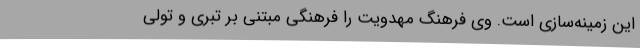
این زمینه‌سازی است. وی فرهنگ مهدویت را فرهنگی مبتنی بر تبری و تولی